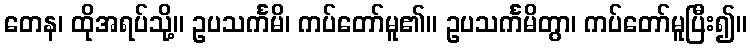
တေန၊ ထိုအရပ်သို့။ ဥပသင်္ကမိ၊ ကပ်တော်မူ၏။ ဥပသင်္ကမိတွာ၊ ကပ်တော်မူပြီး၍။